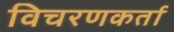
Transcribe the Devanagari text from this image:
विचरणकर्ता